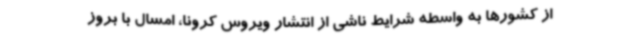
از کشورها به واسطه شرایط ناشی از انتشار ویروس کرونا، امسال با بروز